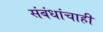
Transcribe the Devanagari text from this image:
संबंधांचाही